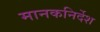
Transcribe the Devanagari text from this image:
मानकनिर्देश